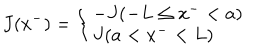
LaTeX: J ( x ^ { - } ) = \left\{ \left\{ \begin{cases} { { - J ( - L \le x ^ { - } < a ) } } \\ { { J ( a < x ^ { - } < L ) } } \\ \end{cases} \right. \right.